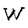
Character: W